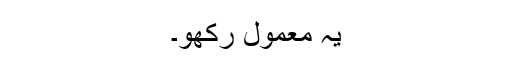
یہ معمول رکھو۔